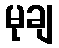
မုချ